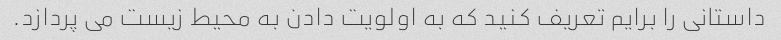
داستانی را برایم تعریف کنید که به اولویت دادن به محیط زیست می پردازد.